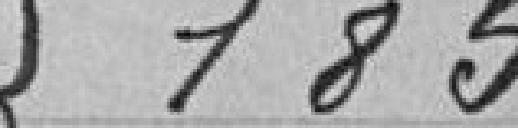
185